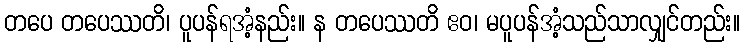
တပေ တပေဿတိ၊ ပူပန်ရအံ့နည်း။ န တပေဿတိ ဧဝ၊ မပူပန်အံ့သည်သာလျှင်တည်း။